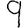
Digit: 9